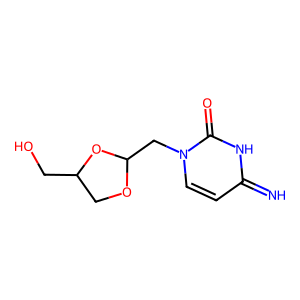
SMILES: N=c1ccn(CC2OCC(CO)O2)c(=O)[nH]1
Inhibits HIV replication: No